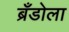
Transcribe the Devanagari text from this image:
ब्रँडोला